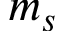
m _ { s }